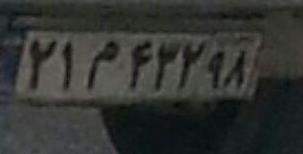
۲۱م۴۳۲۹۸